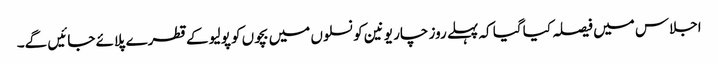
اجلاس میں فیصلہ کیا گیا کہ پہلے روز چار یونین کونسلوں میں بچوں کو پولیو کے قطرے پلائے جائیں گے۔